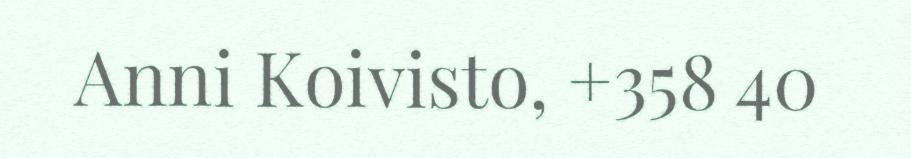
Anni Koivisto, +358 40